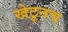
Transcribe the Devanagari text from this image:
खेटूनच